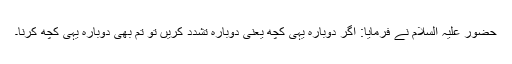
حضور علیہ السلام نے فرمایا: اگر دوبارہ یہی کچھ یعنی دوبارہ تشدد کریں تو تم بھی دوبارہ یہی کچھ کرنا۔